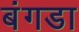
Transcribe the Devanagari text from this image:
बंगडा